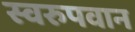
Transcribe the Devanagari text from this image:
स्वरुपवान